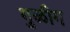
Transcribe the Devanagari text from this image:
गुळीग